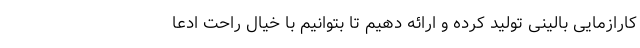
کارازمایی بالینی تولید کرده و ارائه دهیم تا بتوانیم با خیال راحت ادعا